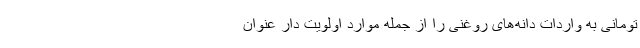
تومانی به واردات دانه‌های روغنی را از جمله موارد اولویت دار عنوان